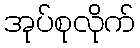
အုပ်စုလိုက်